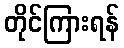
တိုင်ကြားရန်